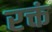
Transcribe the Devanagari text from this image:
रक्तं